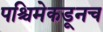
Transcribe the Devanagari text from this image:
पश्चिमेकडूनच